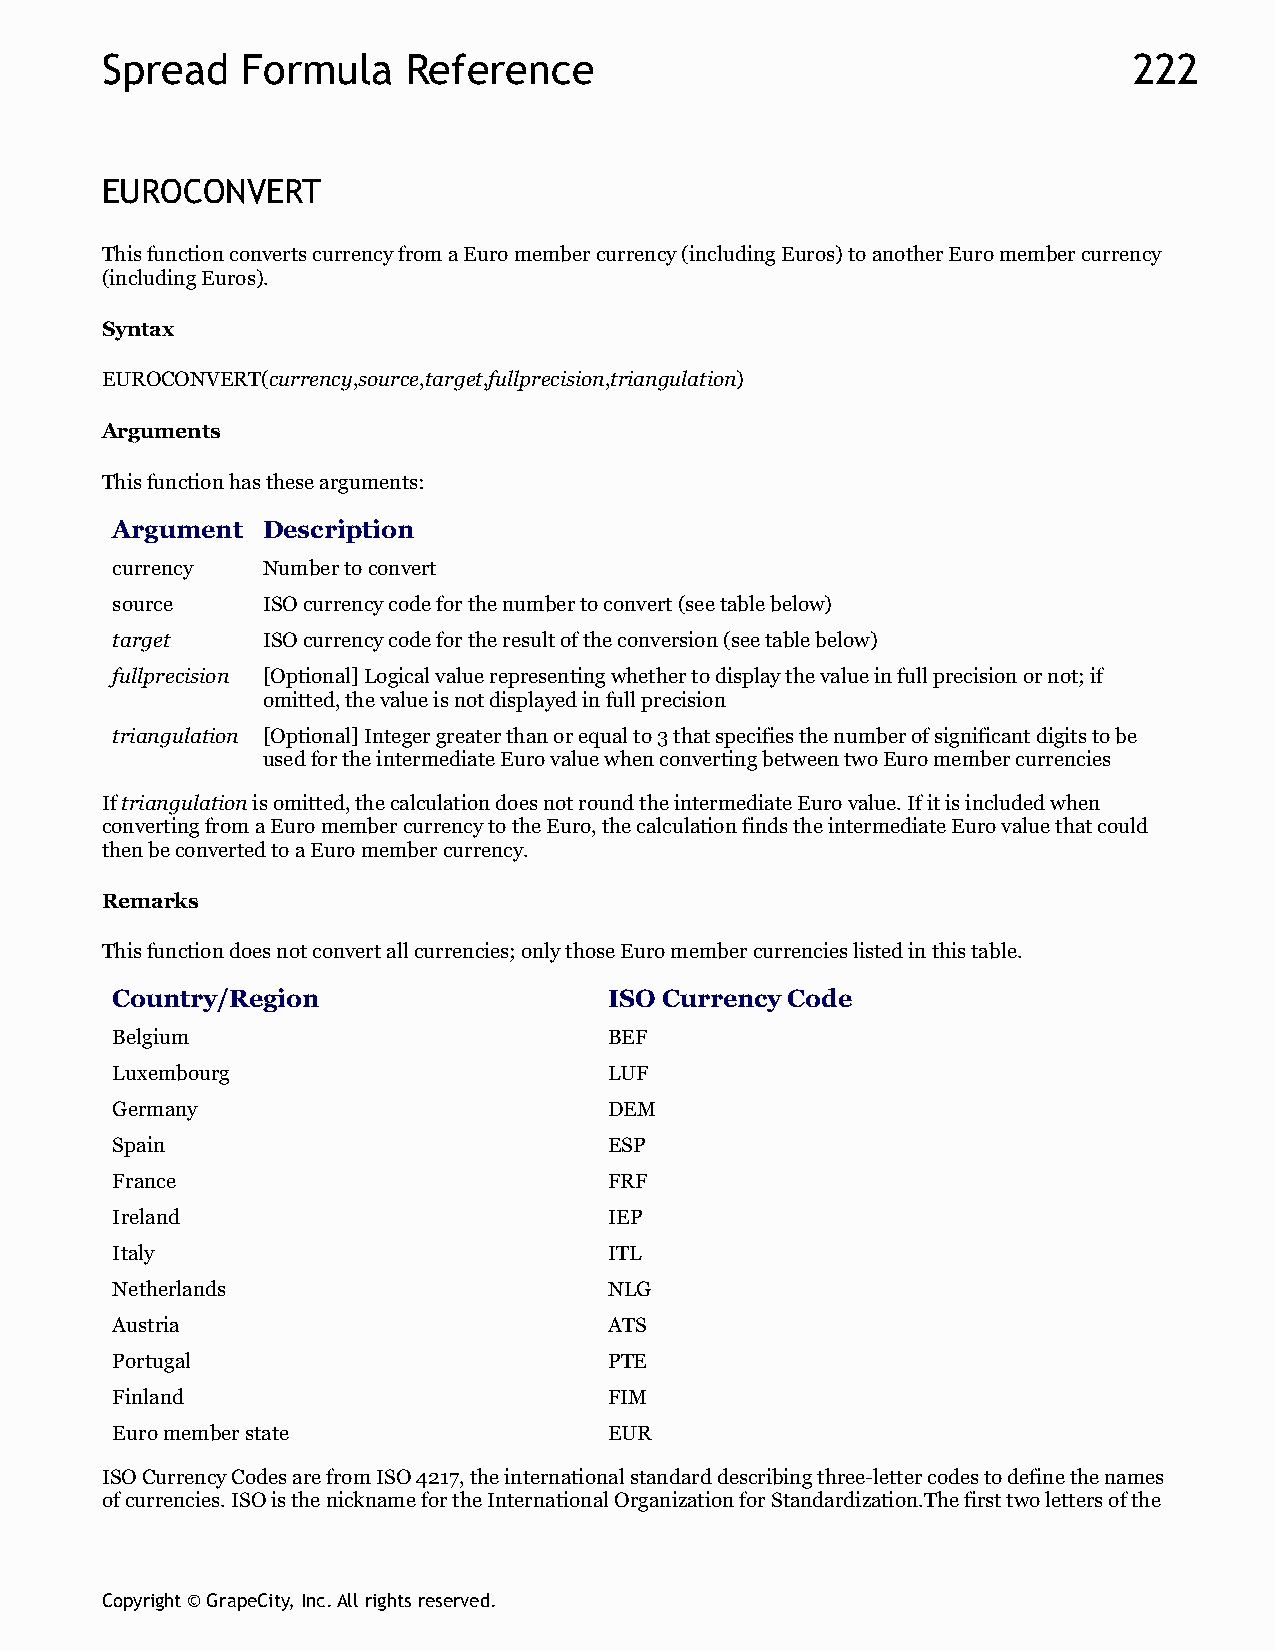
Spread   Formula    Reference                                       222
 EUROCONVERT
 This function converts currency from a Euro member currency (including Euros) to another Euro member currency
 (including Euros).
 Syntax
 EUROCONVERT(currency,source,target,fullprecision,triangulation)
 Arguments
 This function has these arguments:
 Argument  Description
 currency  Number to convert
 source    ISO currency code for the number to convert (see table below)
 target    ISO currency code for the result of the conversion (see table below)
 fullprecision [Optional] Logical value representing whether to display the value in full precision or not; if
 omitted, the value is not displayed in full precision
 triangulation [Optional] Integer greater than or equal to 3 that specifies the number of significant digits to be
 used for the intermediate Euro value when converting between two Euro member currencies
 If triangulation is omitted, the calculation does not round the intermediate Euro value. If it is included when
 converting from a Euro member currency to the Euro, the calculation finds the intermediate Euro value that could
 then be converted to a Euro member currency.
 Remarks
 This function does not convert all currencies; only those Euro member currencies listed in this table.
 Country/Region                   ISO Currency Code
 Belgium                          BEF
 Luxembourg                       LUF
 Germany                          DEM
 Spain                            ESP
 France                           FRF
 Ireland                          IEP
 Italy                            ITL
 Netherlands                      NLG
 Austria                          ATS
 Portugal                         PTE
 Finland                          FIM
 Euro member state                EUR
 ISO Currency Codes are from ISO 4217, the international standard describing three-letter codes to define the names
 of currencies. ISO is the nickname for the International Organization for Standardization.The first two letters of the
 Copyright © GrapeCity, Inc. All rights reserved.